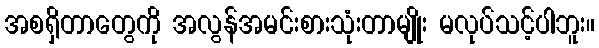
အစရှိတာတွေကို အလွန်အမင်းစားသုံးတာမျိုး မလုပ်သင့်ပါဘူး။